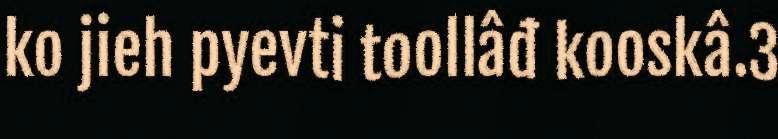
ko jieh pyevti toollâđ kooskâ.3